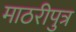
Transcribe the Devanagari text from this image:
माठरीपुत्र